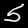
Label: 5